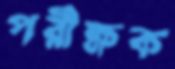
পরীক্ষক